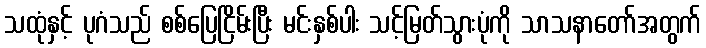
သထုံနှင့် ပုဂံသည် စစ်ပြေငြိမ်းပြီး မင်းနှစ်ပါး သင့်မြတ်သွားပုံကို သာသနာတော်အတွက်